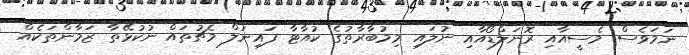
ނަމަވެސް މެސީއާއި ރޮނަލްޑޯއާއި ނުލައި މިމުބާރާތުގެ ކުއާޓާ ފައިނަލް މެޗުތައް ނުކުޅޭތާ ޒަމާންތަކެއް